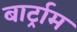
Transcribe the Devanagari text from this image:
बार्ट्राम